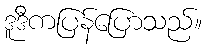
ဒူဒီကပြန်ပြောသည်။